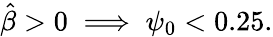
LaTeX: \hat{\beta}>0\implies\psi_{0}<0.25.